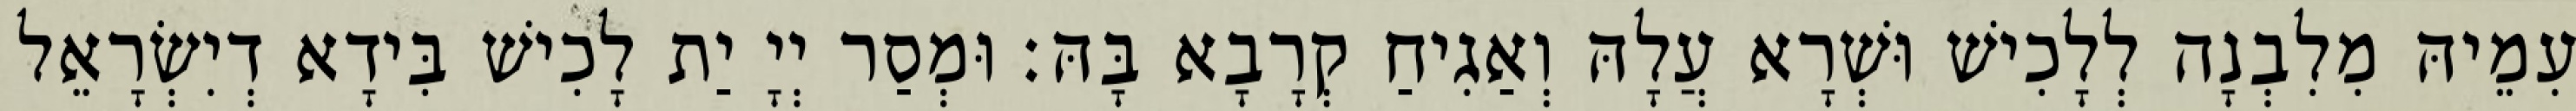
עִמֵיהּ מִלִבְנָה לְלָכִישׁ וּשְׁרָא עֲלָהּ וְאַגִיחַ קְרָבָא בָּהּ׃ וּמְסַר יְיָ יַת לָכִישׁ בִּידָא דְיִשְׂרָאֵל